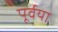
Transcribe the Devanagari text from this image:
पूर्वया